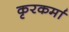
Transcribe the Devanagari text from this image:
कृरकर्मा